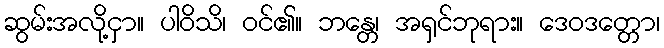
ဆွမ်းအလို့ငှာ။ ပါဝိသိ၊ ဝင်၏။ ဘန္တေ၊ အရှင်ဘုရား။ ဒေဝဒတ္တော၊